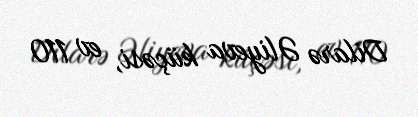
Dilarə Əliyeva küçəsi, ev 110